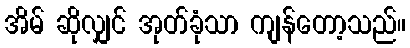
အိမ် ဆိုလျှင် အုတ်ခုံသာ ကျန်တော့သည်။